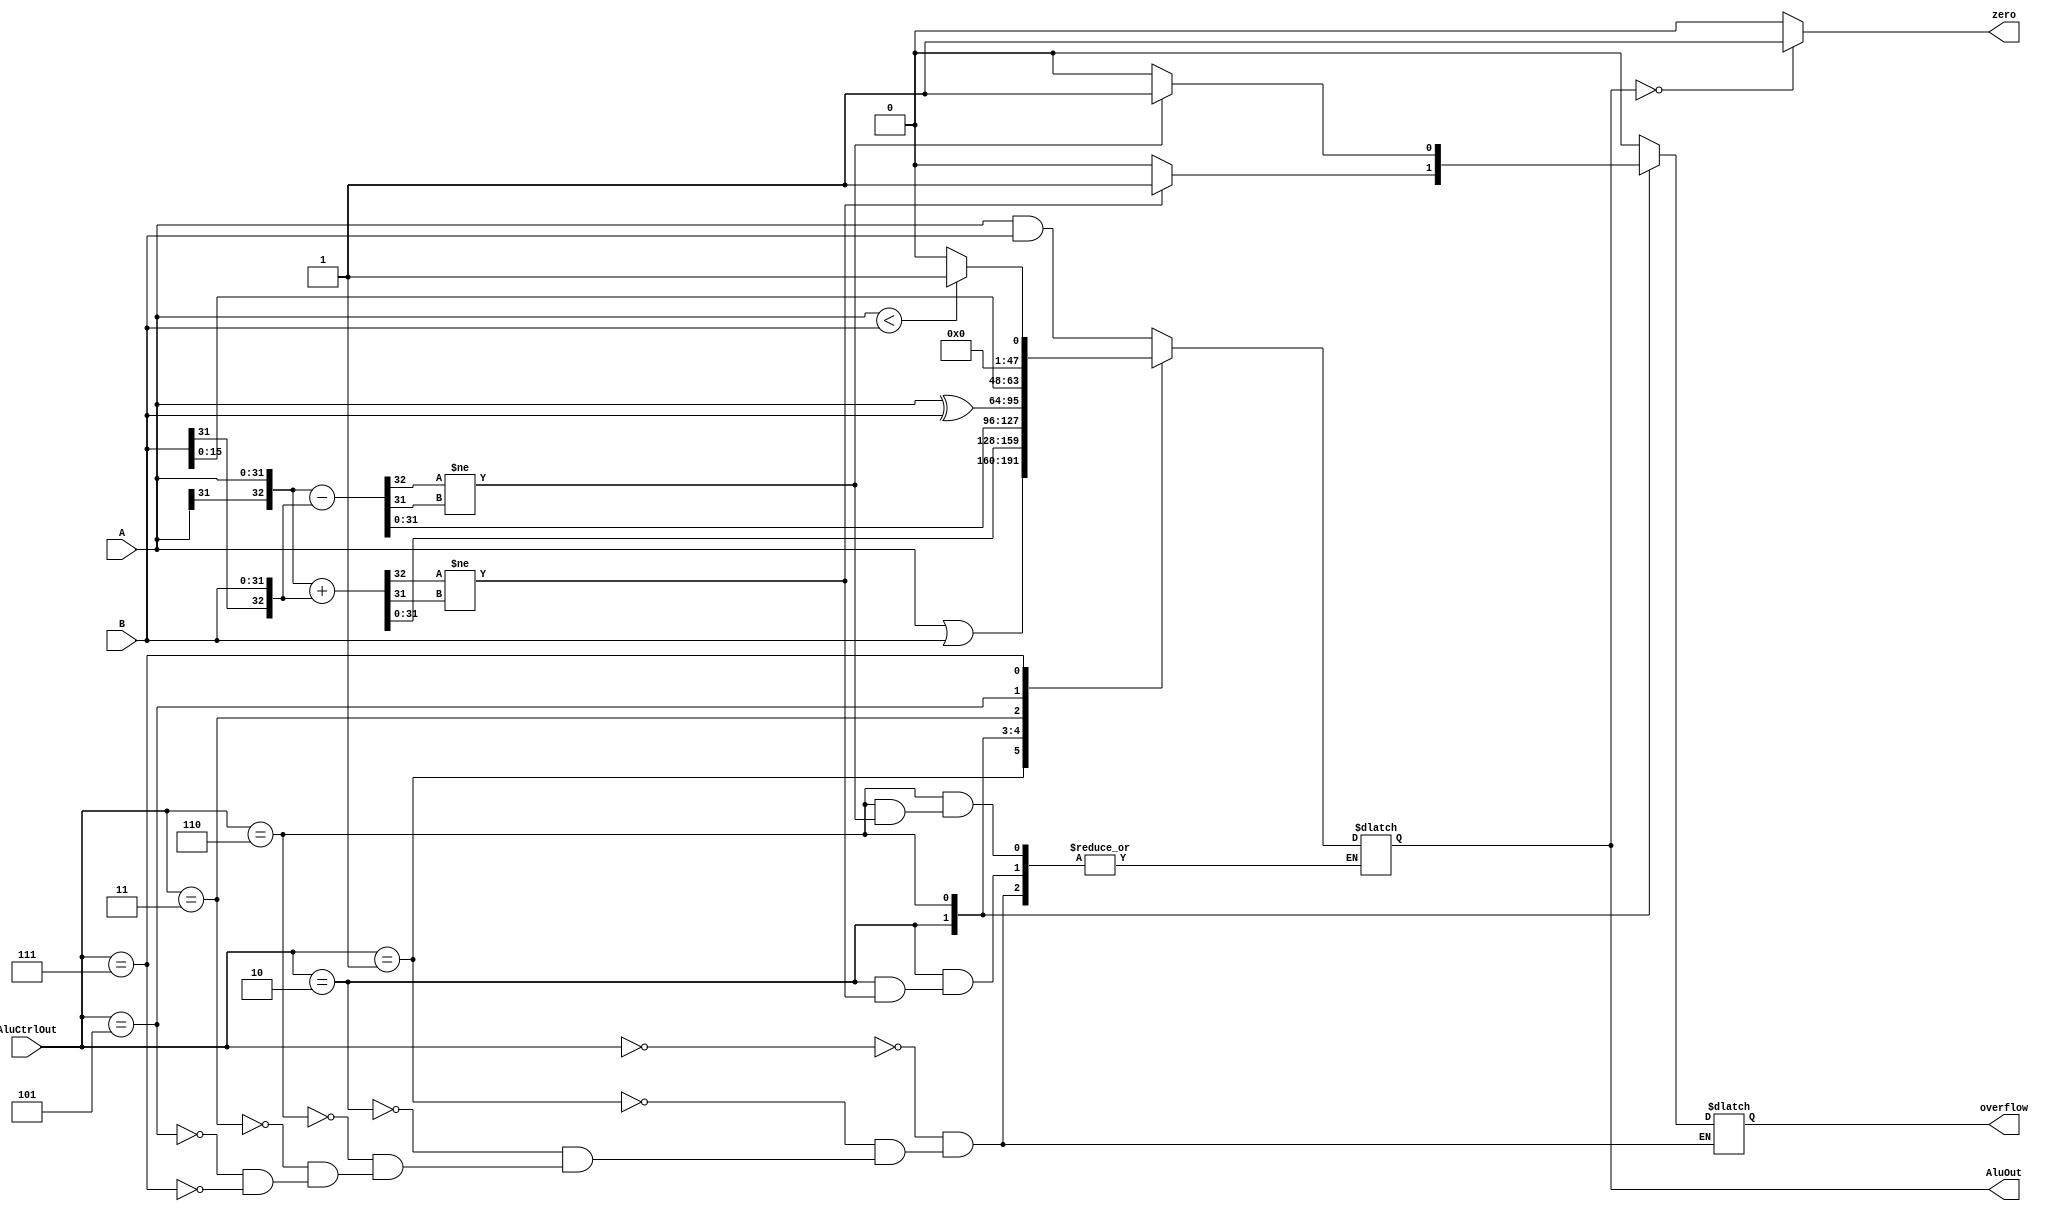
module alu( A, B, AluCtrlOut, zero, AluOut, overflow);
    input [31:0] A;        
    input [31:0] B;       
    input [2:0] AluCtrlOut;

    output zero;           
    output reg [31:0] AluOut;
    output reg overflow;      
    reg        [32:0]temp;

    always @(*) begin
        case(AluCtrlOut)
            3'b000: //AND
                begin
                    AluOut = A & B;
                    overflow = 0;
                end

            3'b001: //OR
                begin
                    AluOut = A | B;
                    overflow = 0;
                end

            3'b010: //ADD
                begin
                    temp = {A[31], A} + {B[31], B};
                    if(temp[32] != temp[31])
                        begin
                            overflow = 1;
                        end
                    else
                        begin
                            AluOut = temp;
                            overflow = 0;
                        end
                end

            3'b110: //SUB
                begin
                    temp = {A[31], A} - {B[31], B};
                    if(temp[32] != temp[31])
                        begin
                            overflow = 1;
                        end
                    else
                        begin
                            AluOut = temp;
                            overflow = 0;
                        end
                end

            3'b011: //XOR
                begin
                    AluOut = A ^ B;
                    overflow = 0;
                end

            3'b101: //LUI
                begin
                    AluOut = {B, 16'b0000_0000};
                    overflow = 0;
                end

            3'b111: //SLT
                begin
                    AluOut = (A < B) ? 32'b1 : 32'b0;
                    overflow = 0;
                end
        endcase
    end
    
    assign zero = (AluOut == 0) ? 1 : 0;

    // initial
    //     begin
    //       $display("alu");
    //     end
endmodule //alu